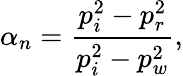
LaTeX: \alpha_{n}=\frac{p_{i}^{2}-p_{r}^{2}}{p_{i}^{2}-p_{w}^{2}},